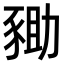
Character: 𧱑